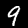
Label: 9